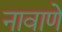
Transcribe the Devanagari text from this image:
नावाणे